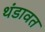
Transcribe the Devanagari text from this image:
थंडावत